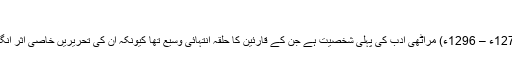
[7]
گیانیشور (1275ء – 1296ء) مراٹھی ادب کی پہلی شخصیت ہے جن کے قارئین کا حلقہ انتہائی وسیع تھا کیونکہ ان کی تحریریں خاصی اثر انگیز ہوتی تھیں۔